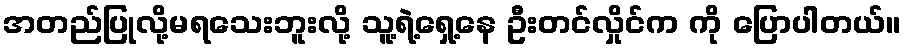
အတည်ပြုလို့မရသေးဘူးလို့ သူ့ရဲ့ရှေ့နေ ဦးတင်လှိုင်က ကို ပြောပါတယ်။